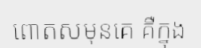
ពោតសមុនគេ គឺក្នុង